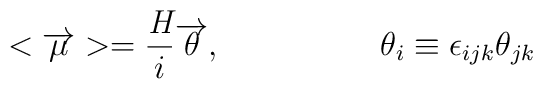
<\overrightarrow{\mu}>=\frac{\textit{H}}{i}\overrightarrow{\theta},\hspace{2cm}\theta_{i}\equiv\epsilon_{ijk}\theta_{jk}